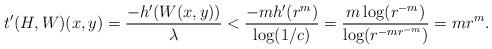
LaTeX: \begin{align*} t'(H, W)(x,y) = \frac{- h'(W(x,y))}{\lambda} < \frac{- m h'(r^m)}{\log(1/c)} = \frac{m \log(r^{-m})}{\log (r^{-mr^{-m}})} = mr^{m}. \end{align*}